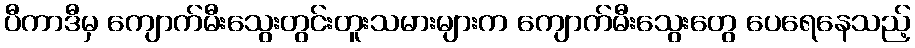
ပီကာဒီမှ ကျောက်မီးသွေးတွင်းတူးသမားများက ကျောက်မီးသွေးတွေ ပေရေနေသည့်